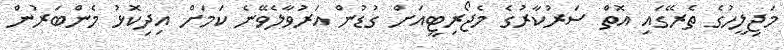
މަޖިލީހުގެ ތެރޭގައި އޮތް ސަރުކާރުގެ މެޖޯރިޓީއަށް ގުޑުން އަރުވާލެވޭނެ ކަމަށް އިދިކޮޅު މެންބަރުން